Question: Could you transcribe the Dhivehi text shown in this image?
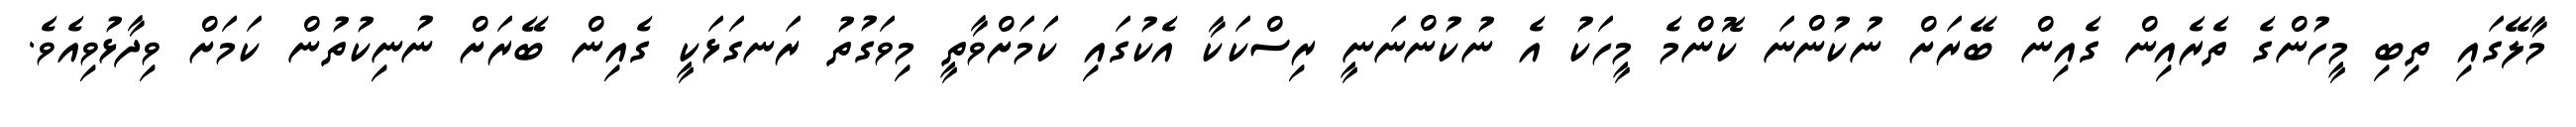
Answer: މާލޭގައި ތިބި މީހުންގެ ތެރެއިން ގެއިން ބޭރަށް ނުކުންނަ ކޮންމެ މީހަކު އެ ނުކުންނަނީ ރިސްކަކާ އެކުގައި ކަމަށްވާތީ މިވަގުތު ރަނގަޅަކީ ގެއިން ބޭރަށް ނުނިކުތުން ކަމަށް ވިދާޅުވިއެވެ.